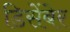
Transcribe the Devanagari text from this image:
डिसेंबेर